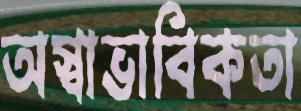
অস্বাভাবিকতা